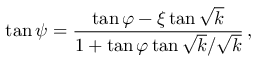
\tan \psi = \frac { \tan \varphi - \xi \tan \sqrt { k } } { 1 + \tan \varphi \tan \sqrt { k } / \sqrt { k } } \, ,